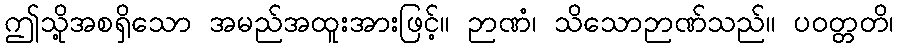
ဤသို့အစရှိသော အမည်အထူးအားဖြင့်။ ဉာဏံ၊ သိသောဉာဏ်သည်။ ပဝတ္တတိ၊